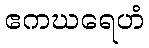
ဧကဃရေဟံ